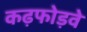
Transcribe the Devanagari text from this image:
कढ़फोड़वे